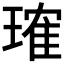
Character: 𬎂